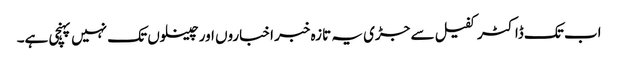
اب تک ڈاکٹر کفیل سے جڑی یہ تازہ خبر اخباروں اور چینلوں تک نہیں پہنچی ہے۔